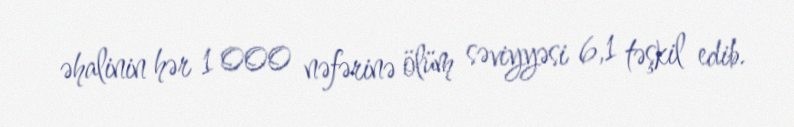
əhalinin hər 1 000 nəfərinə ölüm səviyyəsi 6,1 təşkil edib.